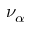
\nu _ { \alpha }